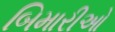
બિમારીઓ